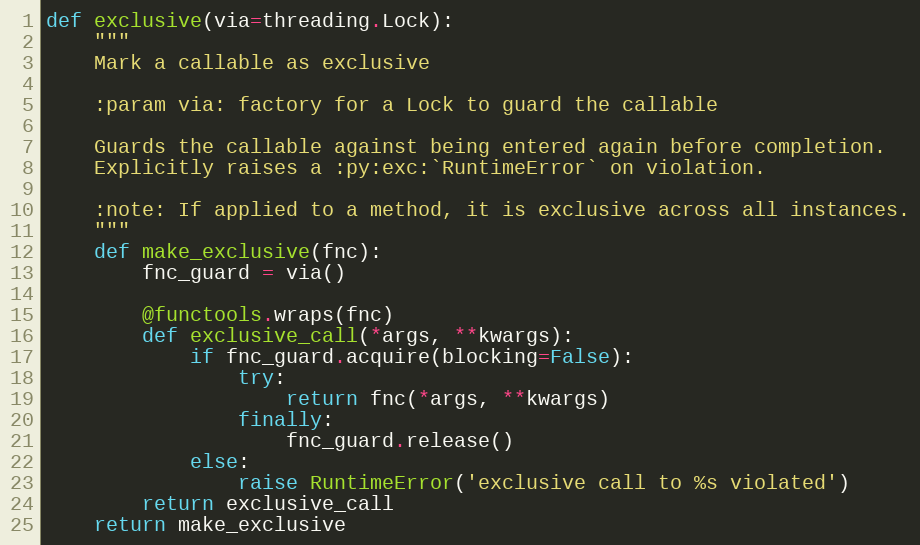
Language: Python
def exclusive(via=threading.Lock):
    """
    Mark a callable as exclusive

    :param via: factory for a Lock to guard the callable

    Guards the callable against being entered again before completion.
    Explicitly raises a :py:exc:`RuntimeError` on violation.

    :note: If applied to a method, it is exclusive across all instances.
    """
    def make_exclusive(fnc):
        fnc_guard = via()

        @functools.wraps(fnc)
        def exclusive_call(*args, **kwargs):
            if fnc_guard.acquire(blocking=False):
                try:
                    return fnc(*args, **kwargs)
                finally:
                    fnc_guard.release()
            else:
                raise RuntimeError('exclusive call to %s violated')
        return exclusive_call
    return make_exclusive